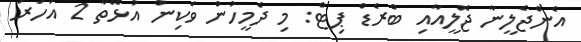
އެންޖެލީނާ ޖޮލީއާއި ބްރެޑް ޕިޓް: މި ދެމީހުން ވަކިން އުޅޭތާ 2 އަހަރު